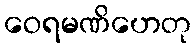
ဝေရမဏိဟေတု